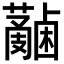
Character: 𧄋